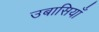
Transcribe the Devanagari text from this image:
उबासियाँ